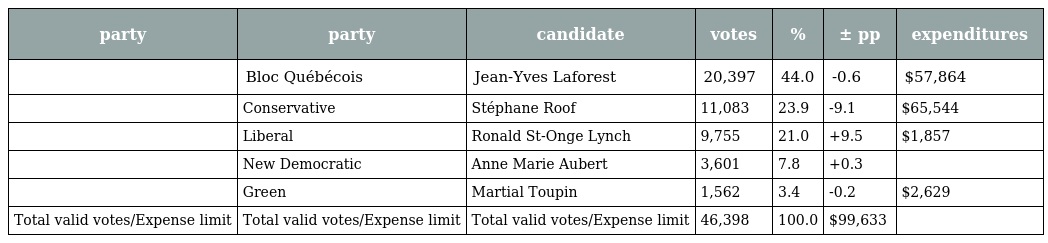
| party | party | candidate | votes | % | ± pp | expenditures |
 | --- | --- | --- | --- | --- | --- | --- |
 |  | Bloc Québécois | Jean-Yves Laforest | 20,397 | 44.0 | -0.6 | $57,864 |
 |  | Conservative | Stéphane Roof | 11,083 | 23.9 | -9.1 | $65,544 |
 |  | Liberal | Ronald St-Onge Lynch | 9,755 | 21.0 | +9.5 | $1,857 |
 |  | New Democratic | Anne Marie Aubert | 3,601 | 7.8 | +0.3 |  |
 |  | Green | Martial Toupin | 1,562 | 3.4 | -0.2 | $2,629 |
 | Total valid votes/Expense limit | Total valid votes/Expense limit | Total valid votes/Expense limit | 46,398 | 100.0 | $99,633 |  |